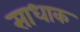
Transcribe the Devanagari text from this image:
साधाक